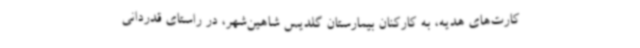
کارت‌های هدیه، به کارکنان بیمارستان گلدیس شاهین‌شهر، در راستای قدردانی